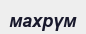
махрүм